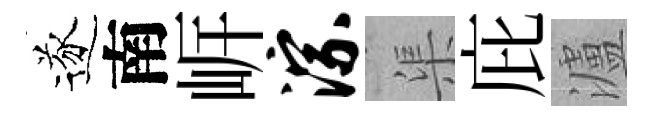
遂南㟁淙渠庇瀘